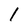
Character: I